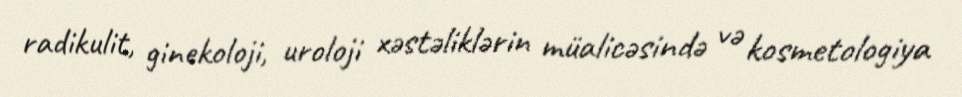
radikulit, ginekoloji, uroloji xəstəliklərin müalicəsində və kosmetologiya